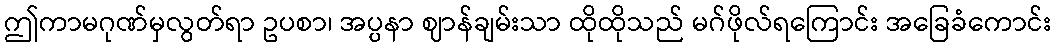
ဤကာမဂုဏ်မှလွတ်ရာ ဥပစာ၊ အပ္ပနာ ဈာန်ချမ်းသာ ထိုထိုသည် မဂ်ဖိုလ်ရကြောင်း အခြေခံကောင်း